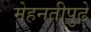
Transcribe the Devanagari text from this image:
मेहनतीपुढे